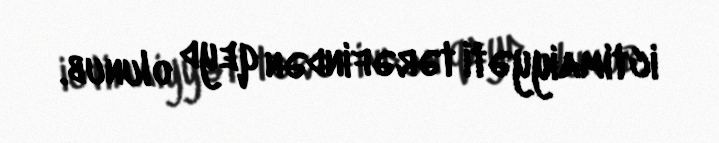
ictimaiyyəti tərəfindən qeyd olunub.